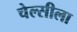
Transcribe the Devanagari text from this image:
चेल्सीला